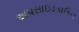
અપસાઇડડાઉન